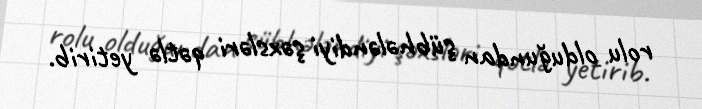
rolu olduğundan şübhələndiyi şəxsləri qətlə yetirib.